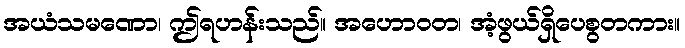
အယံသမဏော၊ ဤရဟန်းသည်။ အဟောဝတ၊ အံ့ဖွယ်ရှိပေစွတကား။